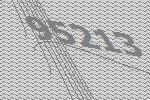
95213